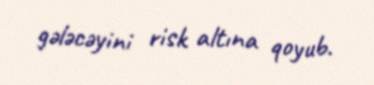
gələcəyini risk altına qoyub.